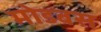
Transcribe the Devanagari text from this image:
मोडबस